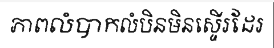
ភាពលំបាកលំបិនមិនស្ទើរដែរ